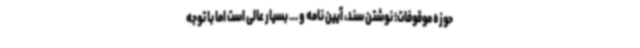
حوزه موقوفات؛ نوشتن سند، آیین نامه و ... بسیار عالی است اما با توجه